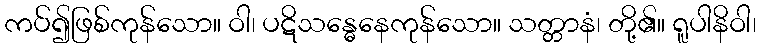
ကပ်၍ဖြစ်ကုန်သော။ ဝါ၊ ပဋိသန္ဓေနေကုန်သော။ သတ္တာနံ၊ တို့၏။ ရူပါနိဝါ၊